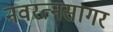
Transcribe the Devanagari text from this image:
नवरत्नसागर